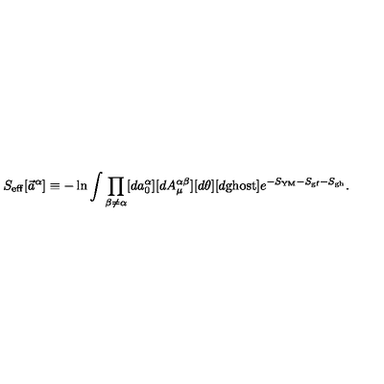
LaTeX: S _ { \mathrm { e f f } } [ \vec { a } ^ { \alpha } ] \equiv - \ln \int \prod _ { \beta \neq \alpha } [ d a _ { 0 } ^ { \alpha } ] [ d A _ { \mu } ^ { \alpha \beta } ] [ d \theta ] [ d \mathrm { g h o s t } ] e ^ { - S _ { \mathrm { Y M } } - S _ { \mathrm { g f } } - S _ { \mathrm { g h } } } .